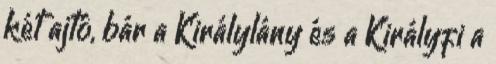
két ajtó, bár a Királylány és a Királyfi a